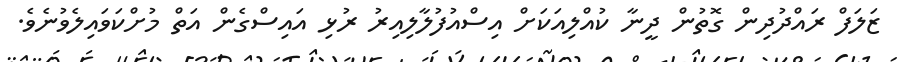
ޒަލަފް ރައްދުދިން ގޮތުން ދީނާ ކުއްލިއަކަށް އިސްއުފުލާލިއިރު ރުޅި އައިސްގެން އަތް މުށްކަވައިލެވުނެވެ.